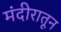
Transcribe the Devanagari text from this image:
मंदीरातून